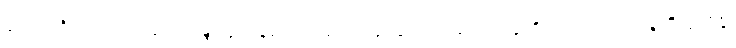
ဧကသဒိသာ၊ ထပ်တူ ထပ်မျှတူကုန်သော။ ဒွေပိ၊ နှစ်ယောက်သော သူတို့သည်လည်း။ နတ္ထိ နသိန္တိ၊